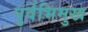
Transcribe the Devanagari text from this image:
पुर्वेभिमुख